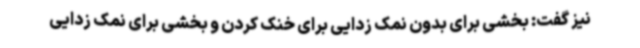
نیز گفت: بخشی برای بدون نمک زدایی برای خنک کردن و بخشی برای نمک زدایی